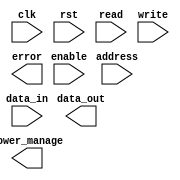
module MemoryBlocks_HBM (
    input wire clk,
    input wire rst,
    input wire [31:0] address,
    input wire [31:0] data_in,
    output reg [31:0] data_out,
    input wire read,
    input wire write,
    input wire enable,
    output wire error,
    output reg power_manage
    );

    // High Bandwidth Memory interface
    // Memory array organization
    // Address decoder
    // Data input/output ports
    // Read and write control signals
    // Error correction and detection mechanisms
    // Power management features

endmodule